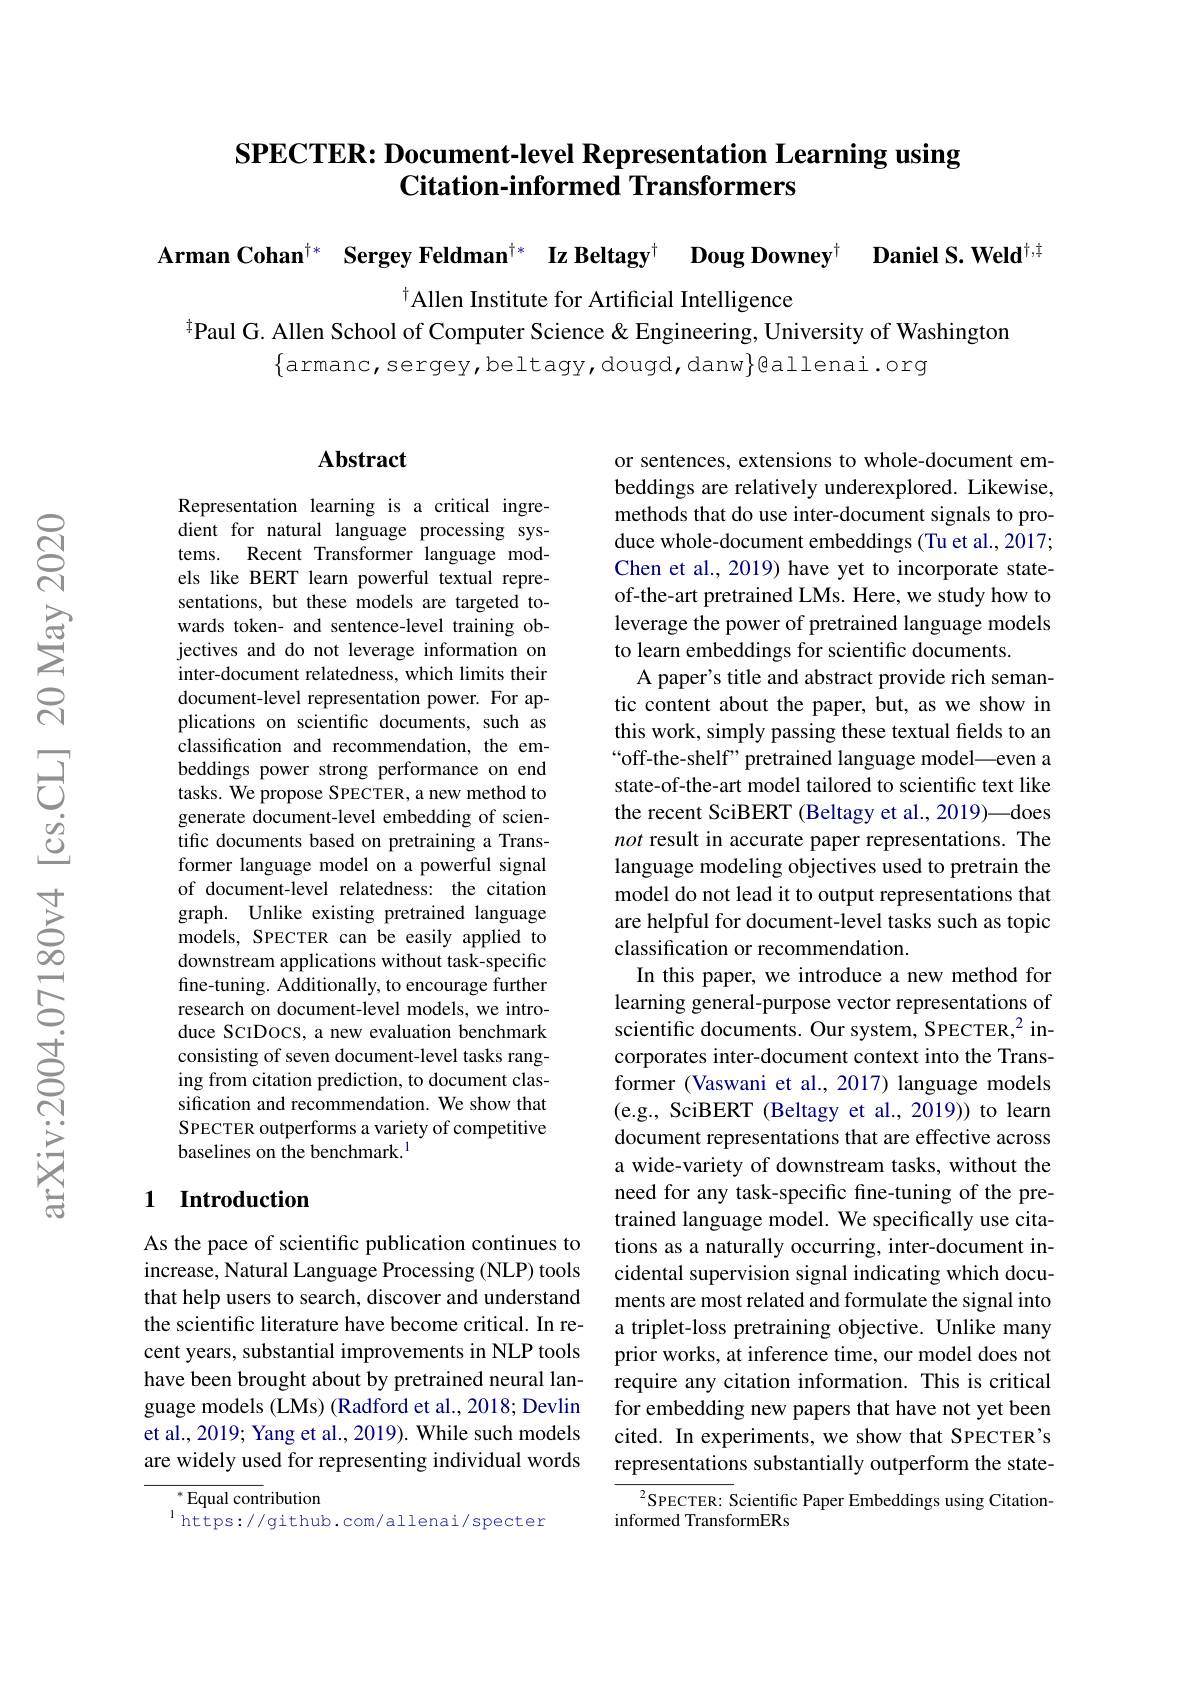
# SPECTER: Document-level Representation Learning using Citation-informed Transformers

Arman Cohan$^{\dagger*}$ Sergey Feldman$^{\dagger*}$ Iz Beltagy$^{\dagger}$ Doug Downey$^{\dagger}$ Daniel S.Weld$^{\dagger,\dagger}$

Allen Institute for Artificial Intelligence
$^{\#}$Paul G. Allen School of Computer Science & Engineering, University of Washington

$\{$armanc,sergey,beltagy,dougd,danw$\}$@allenai.org

### $\mathbf{Abstract}$

Representation learning is a critical ingredient for natural language processing systems. Recent Transformer language models like BERT learn powerful textual representations, but these models are targeted towards token- and sentence-level training objectives and do not leverage information on inter-document relatedness, which limits their document-level representation power. For applications on scientific documents, such as classification and recommendation, the embeddings power strong performance on end tasks. We propose SPECTER, a new method to generate document-level embedding of scientific documents based on pretraining a Transformer language model on a powerful signal of document-level relatedness: the citation graph. Unlike existing pretrained language models, SPECTER can be easily applied to downstream applications without task-specific fine-tuning. Additionally, to encourage further research on document-level models, we introduce ScIDOCS, a new evaluation benchmark consisting of seven document-level tasks ranging from citation prediction, to document classification and recommendation. We show that SPECTER outperforms a variety of competitive baselines on the benchmark.$^{1}$

### 1 Introduction

As the pace of scientific publication continues to increase, Natural Language Processing (NLP) tools that help users to search, discover and understand the scientific literature have become critical. In recent years, substantial improvements in NLP tools have been brought about by pretrained neural language models (LMs) (Radford et al., 2018; Devlin et al., 2019; Yang et al., 2019). While such models are widely used for representing individual words

${^{*}\text{Equal cont}}$ribution
$^{1}$https://github.com/allenai/specter

or sentences, extensions to whole-document embeddings are relatively underexplored. Likewise, methods that do use inter-document signals to produce whole-document embeddings (Tu et al., 2017; Chen et al., 2019) have yet to incorporate stateof-the-art pretrained LMs. Here, we study how to leverage the power of pretrained language models to learn embeddings for scientific documents.
A paper's title and abstract provide rich semantic content about the paper, but, as we show in this work, simply passing these textual fields to an “off-the-shelf” pretrained language model—even a state-of-the-art model tailored to scientific text like the recent SciBERT (Beltagy et al., 2019)—does not result in accurate paper representations. The language modeling objectives used to pretrain the model do not lead it to output representations that are helpful for document-level tasks such as topic classification or recommendation.
In this paper, we introduce a new method for learning general-purpose vector representations of scientific documents. Our system, SPECTER,$^{2}$ incorporates inter-document context into the Transformer (Vaswani et al., 2017) language models (e.g., SciBERT (Beltagy et al., 2019)) to learn document representations that are effective across a wide-variety of downstream tasks, without the need for any task-specific fine-tuning of the pretrained language model. We specifically use citations as a naturally occurring, inter-document incidental supervision signal indicating which documents are most related and formulate the signal into a triplet-loss pretraining objective. Unlike many prior works, at inference time, our model does not require any citation information. This is critical for embedding new papers that have not yet been cited. In experiments, we show that SPECTER's representations substantially outperform the state-
$^{2}$SPECTER: Scientific Paper Embeddings using Citation-
informed TransformERs